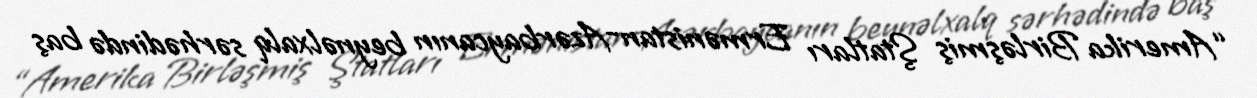
“Amerika Birləşmiş Ştatları Ermənistan-Azərbaycanın beynəlxalq sərhədində baş